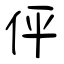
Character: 伻